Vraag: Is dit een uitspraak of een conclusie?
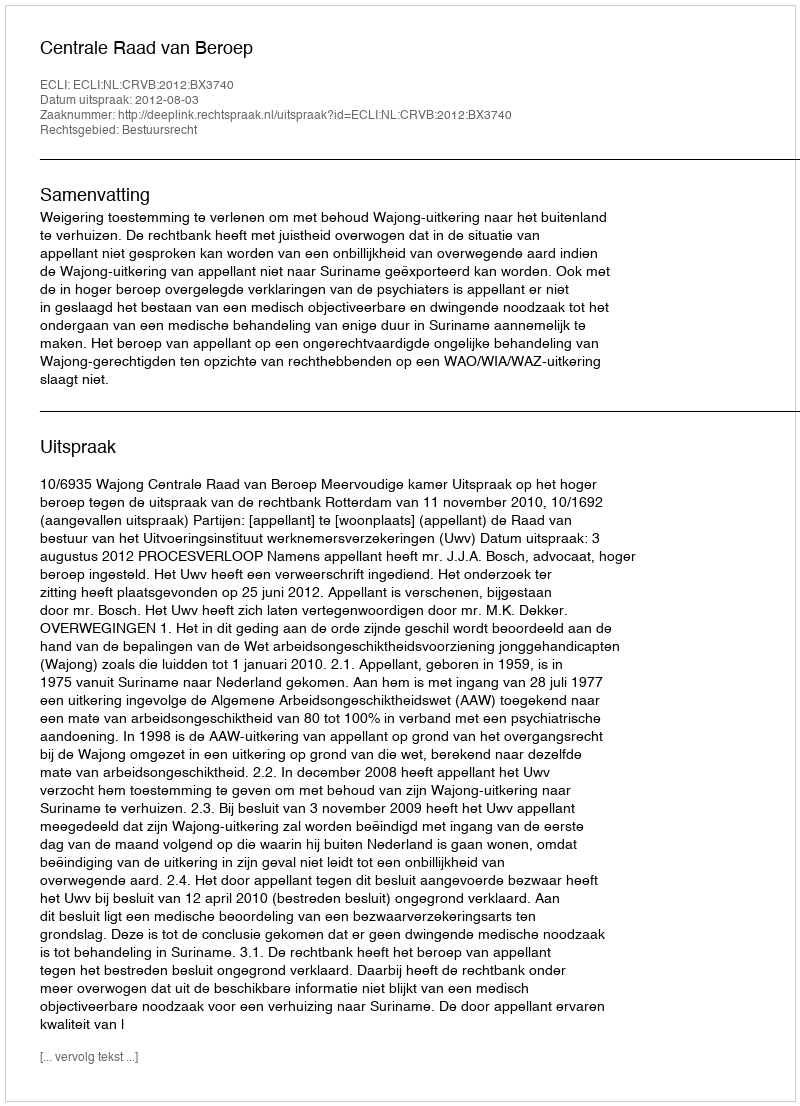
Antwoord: Uitspraak